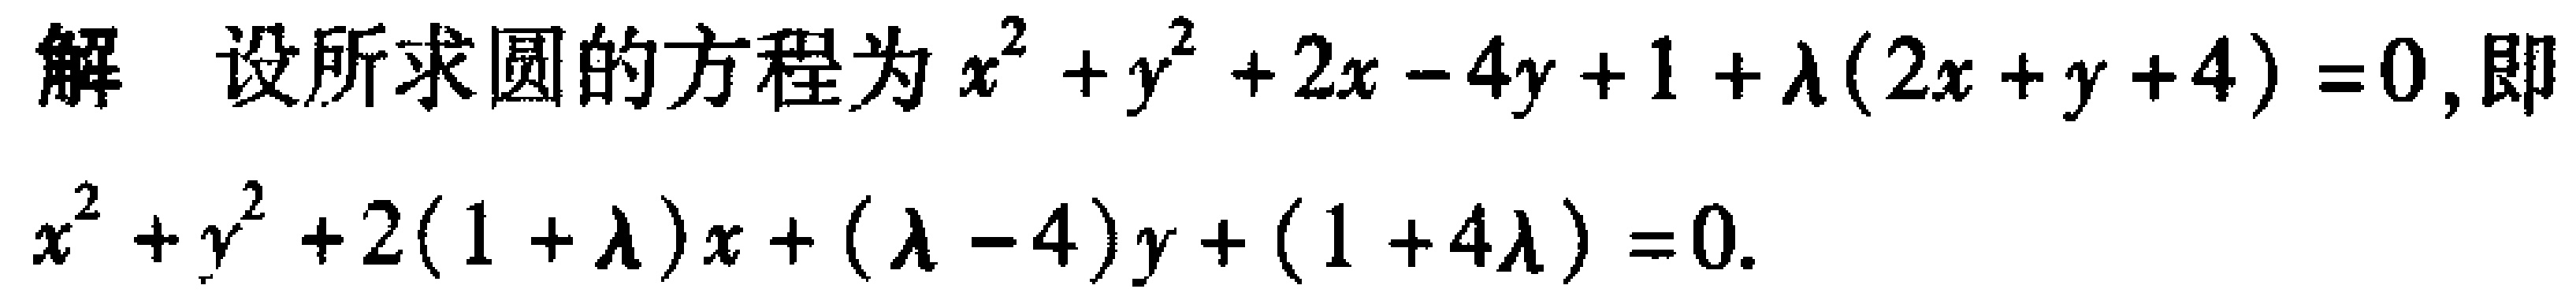
解 设所求圆的方程为\(x^{2}+y^{2}+2x - 4y + 1+\lambda(2x + y + 4)=0\)，即
\(x^{2}+y^{2}+2(1 + \lambda)x+(\lambda - 4)y+(1 + 4\lambda)=0\)。